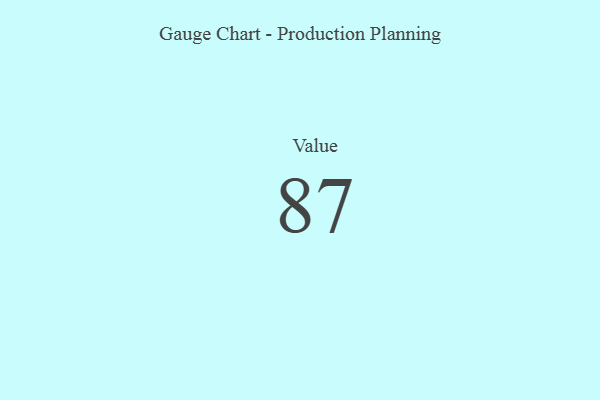
{"axis": {"x": "Metric", "y": "Value"}, "legend": [""], "data": [{"x": "Value", "y": 87, "type": ""}]}